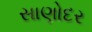
સાણોદર